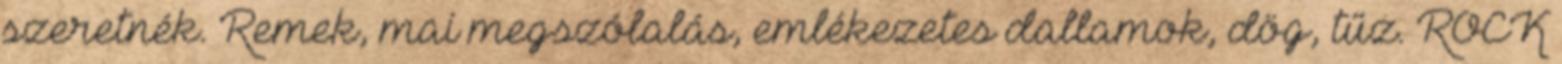
szeretnék. Remek, mai megszólalás, emlékezetes dallamok, dög, tűz. ROCK